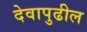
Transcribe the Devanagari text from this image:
देवापुढील